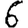
Digit: 6